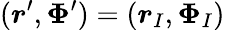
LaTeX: (\boldsymbol r^{\prime},\boldsymbol\Phi^{\prime})=(\boldsymbol r_{I},\boldsymbol\Phi_{I})